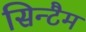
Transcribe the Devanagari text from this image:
सिन्टैम